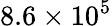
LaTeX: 8.6\times 10^{5}